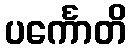
ပင်္ကောတိ